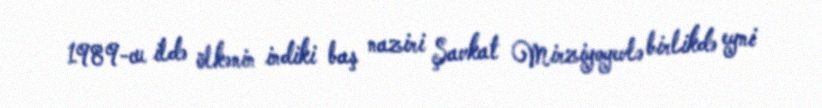
1989-cu ildə ölkənin indiki baş naziri Şavkat Mirziyoyevlə birlikdə eyni